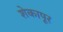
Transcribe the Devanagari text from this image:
शेकापूर